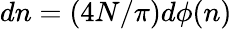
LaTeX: dn=(4N/\pi)d\phi(n)